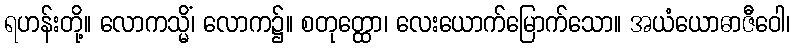
ရဟန်းတို့။ လောကသ္မိံ၊ လောက၌။ စတုတ္ထော၊ လေးယောက်မြောက်သော။ အယံယောဓာဇီဝေါ၊